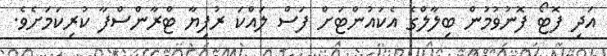
އަދި ފޮޓޯ ފޮނުވުމުން ބިލާލްގެ އެކައުންޓަށް ފަސް ލައްކަ ރުފިޔާ ޓްރާންސްފާ ކުރިކަމަށެވެ.